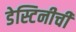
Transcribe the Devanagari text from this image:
डेस्टिनीची